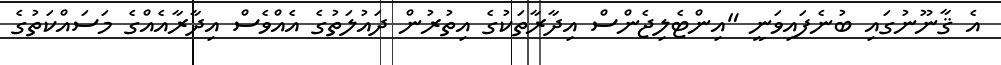
އެ ޤާނޫނުގައި ބުނެފައިވަނީ "އިންޓެލިޖެންސް އިދާރާތަކުގެ އިތުރުން ދައުލަތުގެ އެއްވެސް އިދާރާއެއްގެ މަސައްކަތުގެ